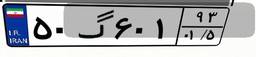
۵۰گ۶۰۱۹۳